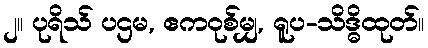
၂။ ပုရိသ် ပဌမ, ဧကဝုစ်မျှ, ရူပ-သိဒ္ဓိထုတ်။